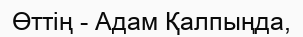
Өттің - Адам Қалпыңда,